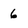
Character: 6